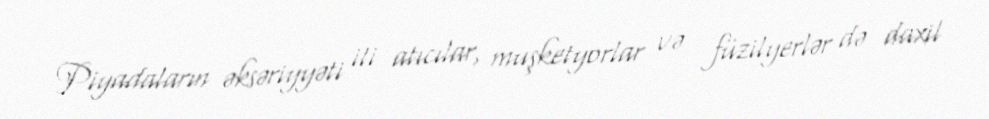
Piyadaların əksəriyyəti iti atıcılar, muşketyorlar və füzilyerlər də daxil